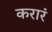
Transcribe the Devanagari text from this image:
करारं